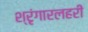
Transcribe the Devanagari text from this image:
श्रृंगारलहरी